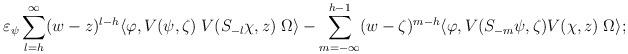
LaTeX: \begin{align*}\varepsilon_{\psi}\sum_{l=h}^{\infty} (w-z)^{l-h} \langle\varphi,V(\psi,\zeta)\;V(S_{-l}\chi,z)\;\Omega\rangle -\sum_{m=-\infty}^{h-1} (w-\zeta)^{m-h}\langle\varphi, V(S_{-m}\psi,\zeta) V(\chi,z)\;\Omega\rangle;\end{align*}